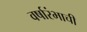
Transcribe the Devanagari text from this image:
वर्षारंभाची